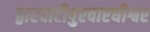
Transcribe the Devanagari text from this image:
द्वारवाटीपुरवारधीश्वर